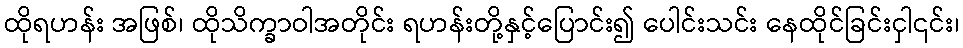
ထိုရဟန်း အဖြစ်၊ ထိုသိက္ခာဝါအတိုင်း ရဟန်းတို့နှင့်ပြောင်း၍ ပေါင်းသင်း နေထိုင်ခြင်းငှါ၎င်း၊